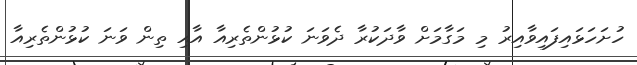
ހުށަހަޅައިފައިވާއިރު މި މަގާމަށް ވާދަކުރާ ދެވަނަ ކުޅުންތެރިއާ އާއި ތިން ވަނަ ކުޅުންތެރިއާ